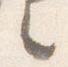
之